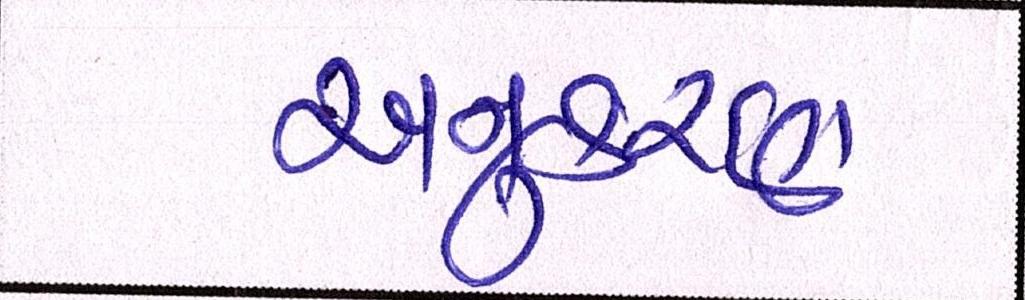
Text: અનુકરણ